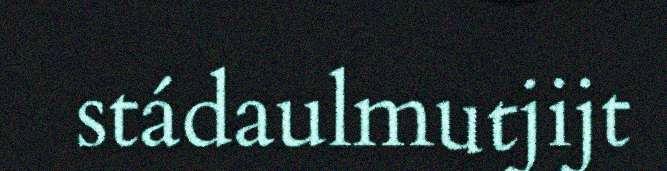
stádaulmutjijt